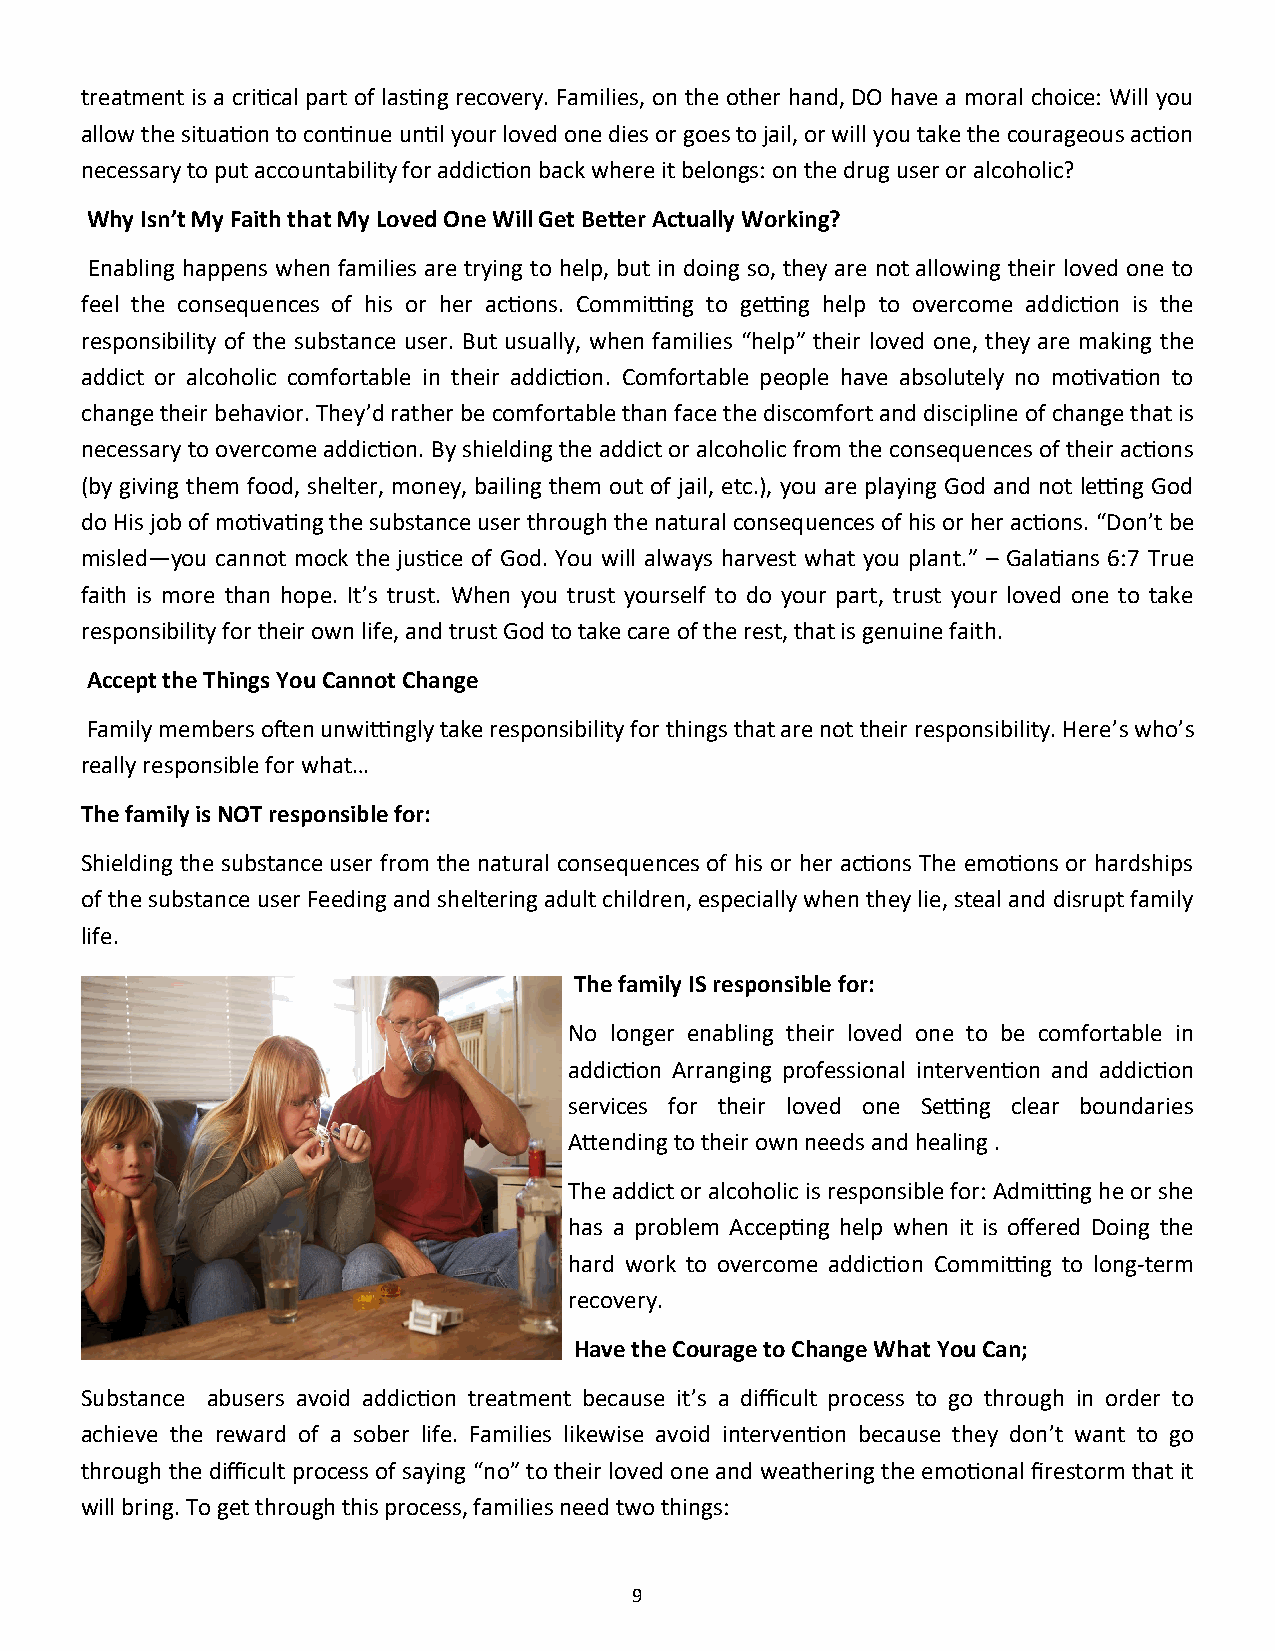
treatment is a critical part of lasting recovery. Families, on the other hand, DO have a moral choice: Will you
 allow the situation to continue until your loved one dies or goes to jail, or will you take the courageous action
 necessary to put accountability for addiction back where it belongs: on the drug user or alcoholic?
 Why Isn’t My Faith that My Loved One Will Get Better Actually Working?
 Enabling happens when families are trying to help, but in doing so, they are not allowing their loved one to
 feel the consequences of his or her actions. Committing to getting help to overcome addiction is the
 responsibility of the substance user. But usually, when families “help” their loved one, they are making the
 addict or alcoholic comfortable in their addiction. Comfortable people have absolutely no motivation to
 change their behavior. They’d rather be comfortable than face the discomfort and discipline of change that is
 necessary to overcome addiction. By shielding the addict or alcoholic from the consequences of their actions
 (by giving them food, shelter, money, bailing them out of jail, etc.), you are playing God and not letting God
 do His job of motivating the substance user through the natural consequences of his or her actions. “Don’t be
 misled—you cannot mock the justice of God. You will always harvest what you plant.” – Galatians 6:7 True
 faith is more than hope. It’s trust. When you trust yourself to do your part, trust your loved one to take
 responsibility for their own life, and trust God to take care of the rest, that is genuine faith.
 Accept the Things You Cannot Change
 Family members often unwittingly take responsibility for things that are not their responsibility. Here’s who’s
 really responsible for what…
 The family is NOT responsible for:
 Shielding the substance user from the natural consequences of his or her actions The emotions or hardships
 of the substance user Feeding and sheltering adult children, especially when they lie, steal and disrupt family
 life.
 The family IS responsible for:
 No longer enabling their loved one to be comfortable in
 addiction Arranging professional intervention and addiction
 services for their loved one Setting clear boundaries
 Attending to their own needs and healing .
 The addict or alcoholic is responsible for: Admitting he or she
 has a problem Accepting help when it is offered Doing the
 hard work to overcome addiction Committing to long-term
 recovery.
 Have the Courage to Change What You Can;
 Substance abusers avoid addiction treatment because it’s a difficult process to go through in order to
 achieve the reward of a sober life. Families likewise avoid intervention because they don’t want to go
 through the difficult process of saying “no” to their loved one and weathering the emotional firestorm that it
 will bring. To get through this process, families need two things:
 9